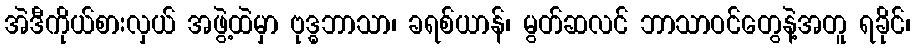
အဲဒီကိုယ်စားလှယ် အဖွဲ့ထဲမှာ ဗုဒ္ဓဘာသာ၊ ခရစ်ယာန်၊ မွတ်ဆလင် ဘာသာဝင်တွေနဲ့အတူ ရခိုင်၊